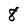
Character: 8